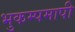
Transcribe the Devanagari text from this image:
भुकम्पमापी